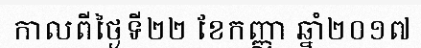
កាលពីថ្ងៃទី២២ ខែកញ្ញា ឆ្នាំ២០១៧